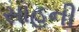
સાહની